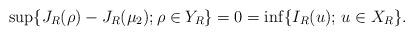
LaTeX: \begin{align*}\sup\{J_R(\rho) - J_R(\mu_2); \rho \in Y_R\}=0=\inf\{ I_R(u); \, u\in X_R\}.\end{align*}